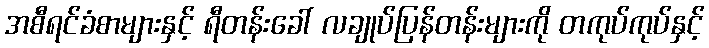
အစီရင်ခံစာများနှင့် ရီတန်းခေါ် လချုပ်ပြန်တန်းများကို တကုပ်ကုပ်နှင့်